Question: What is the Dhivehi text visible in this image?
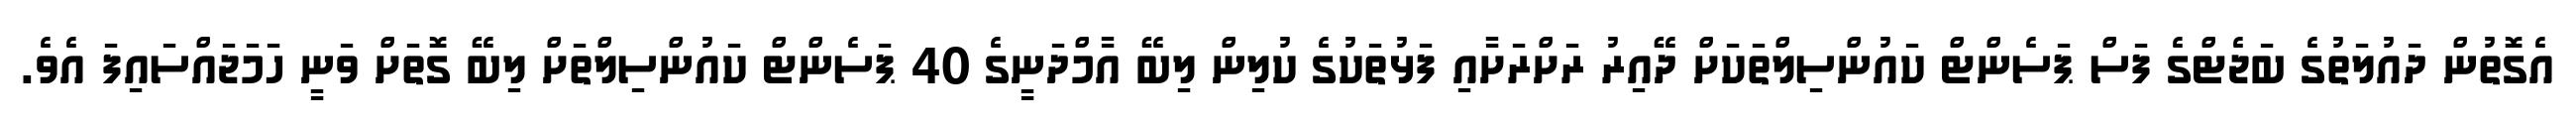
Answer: އެގޮތުން ދައުލަތުގެ ބަޖެޓްގެ ފަސް ޕަސެންޓް ކައުންސިލްތަކަށް ދޭއިރު ރަށްރަށާއި ފަޅުތަކުގެ ކުލިން ލިބޭ އާމްދަނީގެ 40 ޕަސެންޓް ކައުންސިލްތަށް ލިބޭ ގޮތަށް ވަނީ ހަމަޖައްސައިފަ އެވެ.